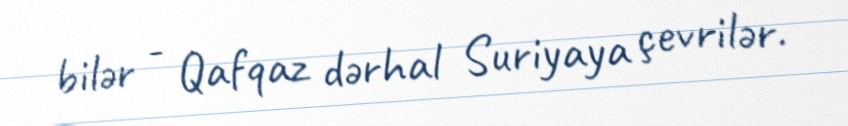
bilər - Qafqaz dərhal Suriyaya çevrilər.